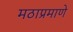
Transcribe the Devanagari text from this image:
मठाप्रमाणे